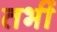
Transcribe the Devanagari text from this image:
तभीं